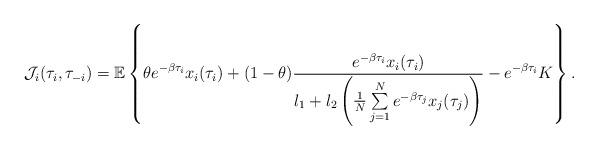
LaTeX: \begin{align*}\mathcal{J}_i(\tau_i,\tau_{-i})=\mathbb{E}\left\{\theta e^{-\beta\tau_i}x_i(\tau_i)+(1-\theta)\frac{e^{-\beta\tau_i}x_i(\tau_i)}{l_1+l_2\left(\frac{1}{N}\sum\limits_{j=1}^Ne^{-\beta\tau_j}x_j(\tau_j)\right)}-e^{-\beta\tau_i}K\right\}.\end{align*}